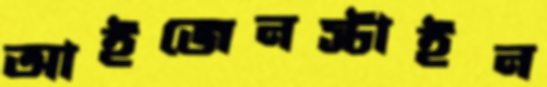
আইজেনস্টাইন